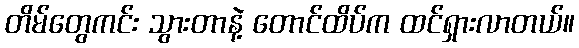
တိမ်တွေကင်း သွားတာနဲ့ တောင်ထိပ်က ထင်ရှားလာတယ်။